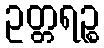
ဥတ္တရဉ္စ